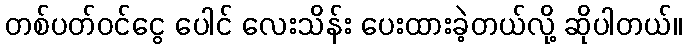
တစ်ပတ်ဝင်ငွေ ပေါင် လေးသိန်း ပေးထားခဲ့တယ်လို့ ဆိုပါတယ်။